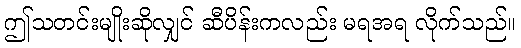
ဤသတင်းမျိုးဆိုလျှင် ဆီပိန်းကလည်း မရအရ လိုက်သည်။